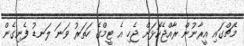
މެޗްގައި އީރާނުން ރާއްޖެކޮޅަށް ޖެހި އެ ޓީމްގެ ހަތަރު ވަނަ ލަނޑު ފެނިގެން